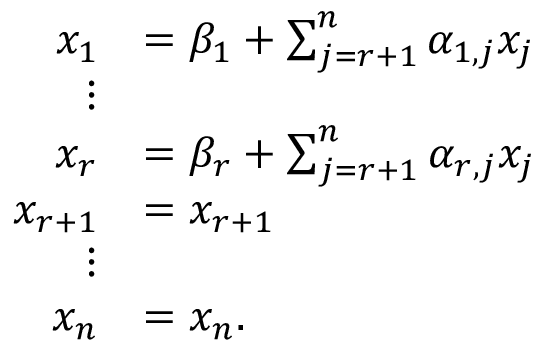
{ \begin{array} { r l } { x _ { 1 } } & { = \beta _ { 1 } + \sum _ { j = r + 1 } ^ { n } \alpha _ { 1 , j } x _ { j } } \\ { \vdots } \\ { x _ { r } } & { = \beta _ { r } + \sum _ { j = r + 1 } ^ { n } \alpha _ { r , j } x _ { j } } \\ { x _ { r + 1 } } & { = x _ { r + 1 } } \\ { \vdots } \\ { x _ { n } } & { = x _ { n } . } \end{array} }